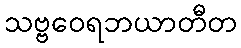
သဗ္ဗဝေရဘယာတီတ